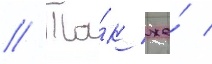
// Та́к же́ /